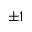
\pm 1